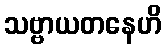
သဗ္ဗာယတနေဟိ